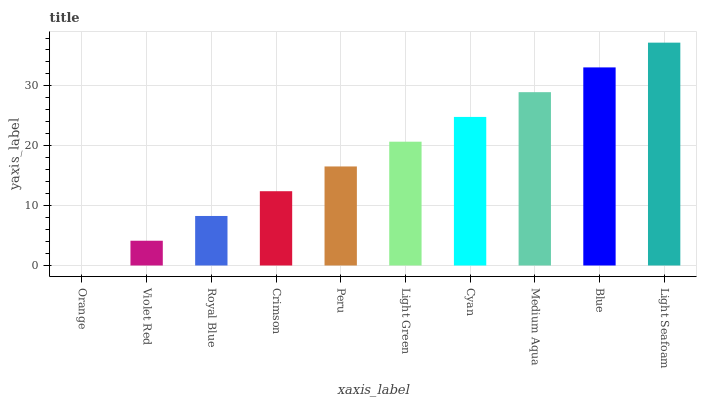
| xaxis_label | bars |
 | --- | --- |
 | Orange | 0 |
 | Violet Red | 4.14 |
 | Royal Blue | 8.27 |
 | Crimson | 12.4 |
 | Peru | 16.5 |
 | Light Green | 20.7 |
 | Cyan | 24.8 |
 | Medium Aqua | 29 |
 | Blue | 33.1 |
 | Light Seafoam | 37.2 |